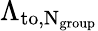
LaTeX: \Lambda_{\mathrm{to,N_{\textrm{group}}}}